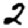
Digit: 2